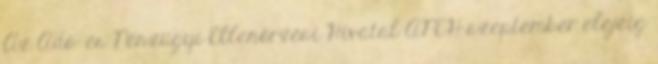
Az Adó- és Pénzügyi Ellenőrzési Hivatal APEH szeptember elejéig